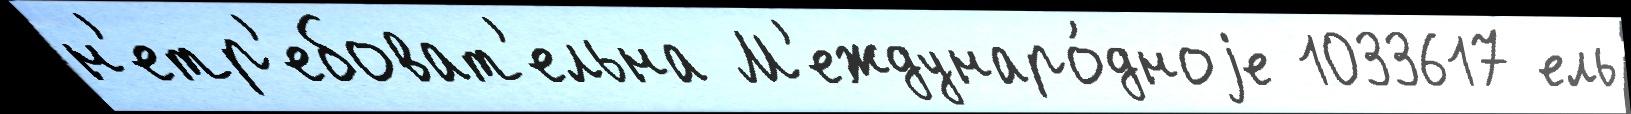
н'етр'ебоват'ельна М'еждунаро́дноjе 1033617 ель